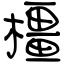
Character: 橿